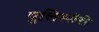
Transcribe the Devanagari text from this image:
पुलिस्सेरी